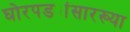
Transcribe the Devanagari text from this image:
घोरपड्यांसारख्या